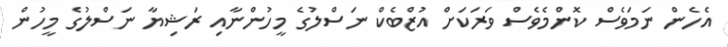
އެހެން ނަމަވެސް ކޮންމެވެސް ވަރަކަށް އުޒްބެކް ނަސްލުގެ މީހުންނާއި ރަޝިޔާ ނަސްލުގެ މީހުން